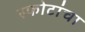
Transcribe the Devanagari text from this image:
स्फोटांचा